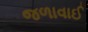
જળાવાઈ